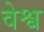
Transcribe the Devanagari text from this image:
वेश्व